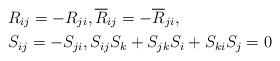
LaTeX: \begin{align*}& R_{ij} = -R_{ji}, \overline{R}_{ij} = -\overline{R}_{ji}, \\& S_{ij} = -S_{ji}, S_{ij}S_k+S_{jk}S_i+S_{ki}S_j=0\end{align*}